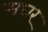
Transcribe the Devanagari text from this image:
मघर